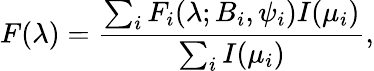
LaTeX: F(\lambda)=\frac{\sum_{i}F_{i}(\lambda;B_{i},\psi_{i})I(\mu_{i})}{\sum_{i}I(\mu_{i})},